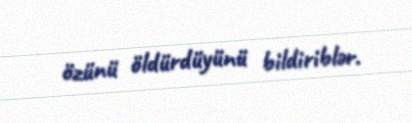
özünü öldürdüyünü bildiriblər.